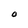
Character: O